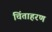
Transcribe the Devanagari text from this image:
चिंताहरण